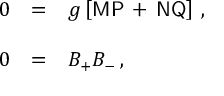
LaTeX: \begin{array} { r c l } { { 0 } } & { { = } } & { { g \left[ \mathsf { M } \mathsf { P } \, + \, \mathsf { N } \mathsf { Q } \right] \, , } } \\ { { } } & { { } } & { { } } \\ { { 0 } } & { { = } } & { { { \cal B } _ { + } { \cal B } _ { - } \, , } } \end{array}